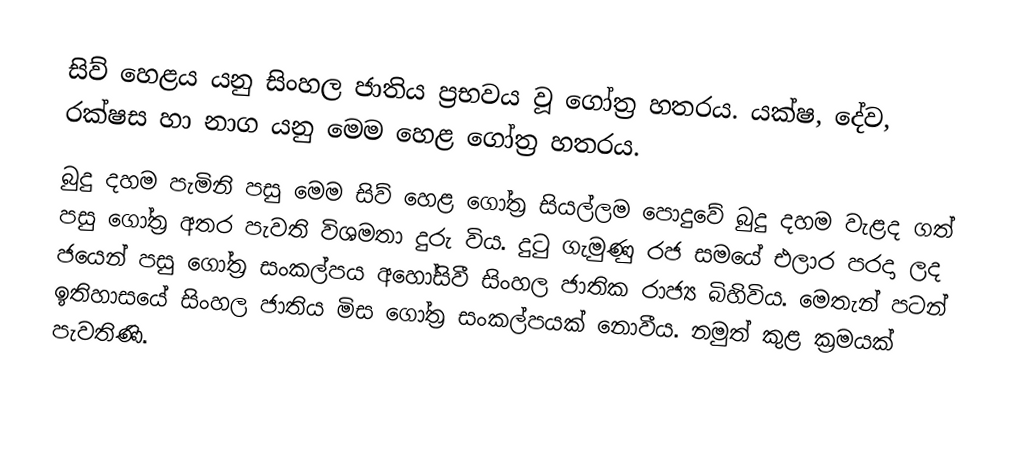
සිව් හෙළය යනු සිංහල ජාතිය ප්‍රභවය වූ ගෝත්‍ර හතරය. යක්ෂ, දේව, රක්ෂස හා නාග යනු මෙම හෙළ ගෝත්‍ර හතරය.
බුදු දහම පැමිනි පසු මෙම සිව් හෙළ ගෝත්‍ර සියල්ලම පොදුවේ බුදු දහම වැළද ගත් පසු ගෝත්‍ර අතර පැවති විශමතා දුරු විය. දුටු ගැමුණු රජ සමයේ එලාර පරදා ලද ජයෙන් පසු ගෝත්‍ර සංකල්පය අහෝසිවී සිංහල ජාතික රාජ්‍ය බිහිවිය. මෙතැන් පටන් ඉතිහාසයේ සිංහල ජාතිය  මිස ගෝත්‍ර සංකල්පයක් නොවීය. නමුත් කුළ ක්‍රමයක් පැවතිණි.